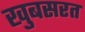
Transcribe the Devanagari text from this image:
खुबसरत